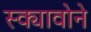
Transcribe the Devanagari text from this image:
स्क्यावोने